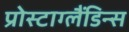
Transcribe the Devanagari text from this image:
प्रोस्टाग्लैंडिन्स